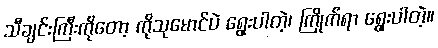
သီချင်းကြီးကိုတော့ ကိုသုမောင်ပဲ ရွေးပါတဲ့၊ ကြိုက်ရာ ရွေးပါတဲ့။